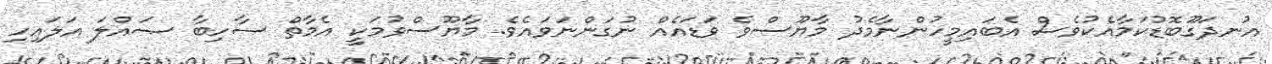
އުނދަގޫބޮޑުކަމާއެކުވެސް އެބައިމީހުންނާމެދު މާޔޫސްވެ ވަޑައެއް ނުގަންނަވައެވެ. މާޔޫސްވުމަކީ އެމާތް ސާހިބާ ޞައްލަ އަލައިހި